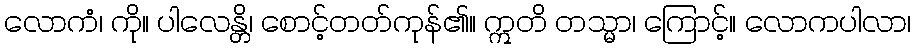
လောကံ၊ ကို။ ပါလေန္တိ၊ စောင့်တတ်ကုန်၏။ ဣတိ တသ္မာ၊ ကြောင့်။ လောကပါလာ၊